Sketch of the medical history of the native army of Bombay, for the year
Year: 1875
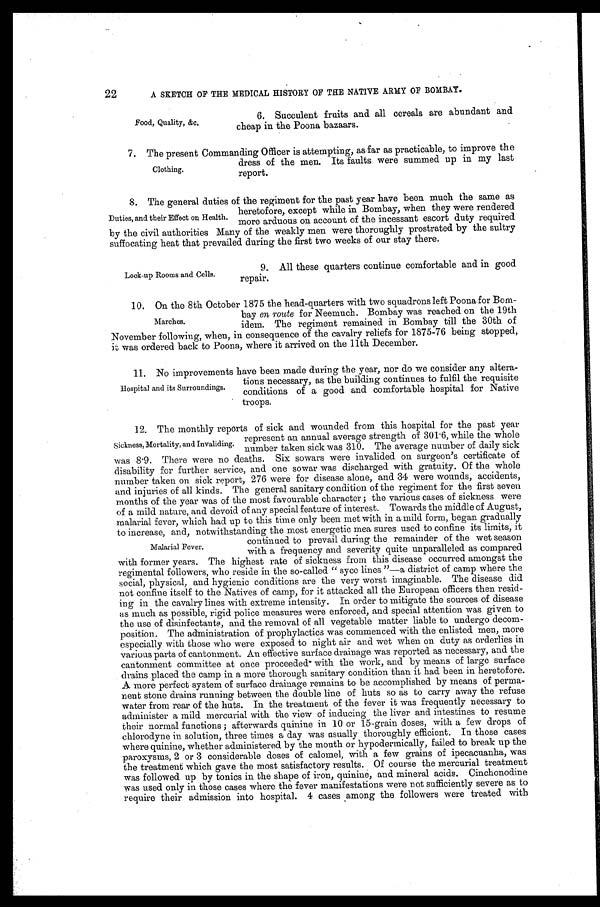
22
A SKETCH OF THE MEDICAL HISTORY OF THE NATIVE ARMY OF BOMBAY.
Food, Quality, &c.
6. Succulent fruits and all cereals are abundant and
cheap in the Poona bazaars.
7 . T h e p r e s e n t C o m m a n d i n g O f f i c e r i s a t t e m p t i n g , a s f a r a s p r a c t i c a b l e , t o i m p r o v e t h e
dress of the men. Its faults were summed up in my last
report.
8. The general duties of the regiment for the past year have been much the same as
heretofore, except while in Bombay, when they were rendered
more arduous on account of the incessant escort duty required
by the civil authorities Many of the weakly men were thoroughly prostrated by the sultry
suffocating heat that prevailed during the first two weeks of our stay there.
Clothing.
Duties, and their Effect on Health.
9. All these quarters continue comfortable and in good
repair.
Lock-up Rooms and Cells.
10. On the 8th October 1875 the head-quarters with two squadrons left Poona for Bom
-
bay en route for Neemuch. Bombay was reached on the 19th
idem. The regiment remained in Bombay till the 30th of
November following, when, in consequence of the cavalry reliefs for 1875-76 being stopped,
it was ordered back to Poona, where it arrived on the 11th December.
11. No improvements have been made during the year, nor do we consider any altera--
tions necessary, as the building continues to fulfil the requisite
conditions of a good and comfortable hospital for Native
troops.
12. The monthly reports of sick and wounded from this hospital for the past year
represent an annual average strength of 301.6, while the whole
number taken sick was 310. The average number of daily sick
was 8.9. There were no deaths. Six sowars were invalided on surgeon's certificate of
disability for further service, and one sowar was discharged with gratuity. Of the whole
number taken on sick report, 276 were for disease alone, and 34 were wounds, accidents,
and injuries of all kinds. The general sanitary condition of the regiment for the first seven
months of the year was of the most favourable character; the various cases of sickness were
of a mild nature, and devoid of any special feature of interest. Towards the middle of August,
malarial fever, which had up to this time only been met with in a mild form, began gradually
to increase, and, notwithstanding the most energetic mea sures used to confine its limits, it
continued to prevail during the remainder of the wet season
with a frequency and severity quite unparalleled as compared
with former years. The highest rate of sickness from this disease occurred amongst the
regimental followers, who reside in the so-called "syce lines"—a district of camp where the
social, physical, and hygienic conditions are the very worst imaginable. The disease did
not confine itself to the Natives of camp, for it attacked all the European officers then resid--
ing in the cavalry lines with extreme intensity. In order to mitigate the sources of disease
as much as possible, rigid police measures were enforced, and special attention was given to
the use of disinfectants, and the removal of all vegetable matter liable to undergo decom--
position. The administration of prophylactics was commenced with the enlisted men, more
especially with those who were exposed to night air and wet when on duty as orderlies in
various parts of cantonment. An effective surface drainage was reported as necessary, and the
cantonment committee at once proceeded with the work, and by means of large surface
drains placed the camp in a more thorough sanitary condition than it had been in heretofore.
A more perfect system of surface drainage remains to be accomplished by means of perma--
nent stone drains running between the double line of huts so as to carry away the refuse
water from rear of the huts. In the treatment of the fever it was frequently necessary to
administer a mild mercurial with the view of inducing the liver and intestines to resume
their normal functions; afterwards quinine in 10 or 15-grain doses, with a few drops of
chlorodyne in solution, three times a day was usually thoroughly efficient. In those cases
where quinine, whether administered by the mouth or hypodermically, failed to break up the
paroxysms, 2 or 3 considerable doses of calomel, with a few grains of ipecacuanha, was
the treatment which gave the most satisfactory results. Of course the mercurial treatment
was followed up by tonics in the shape of iron, quinine, and mineral acids. Cinchonodine
was used only in those cases where the fever manifestations were not sufficiently severe as to
require their admission into hospital. 4 cases among the followers were treated with
Marches.
Hospital and its Surroundings.
Sickness, Mortality, and Invaliding.
Malarial Fever.